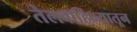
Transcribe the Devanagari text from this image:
तेलवाहिन्यातून